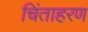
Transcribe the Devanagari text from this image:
चिंताहरण